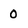
Character: 0